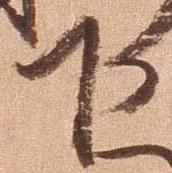
下